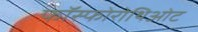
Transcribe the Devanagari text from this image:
फॉस्फोरोथिओट